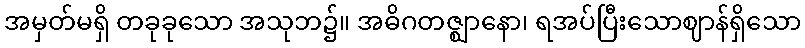
အမှတ်မရှိ တခုခုသော အသုဘ၌။ အဓိဂတဇ္ဈာနော၊ ရအပ်ပြီးသောဈာန်ရှိသော